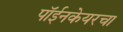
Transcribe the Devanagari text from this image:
पॉईनकेयरचा